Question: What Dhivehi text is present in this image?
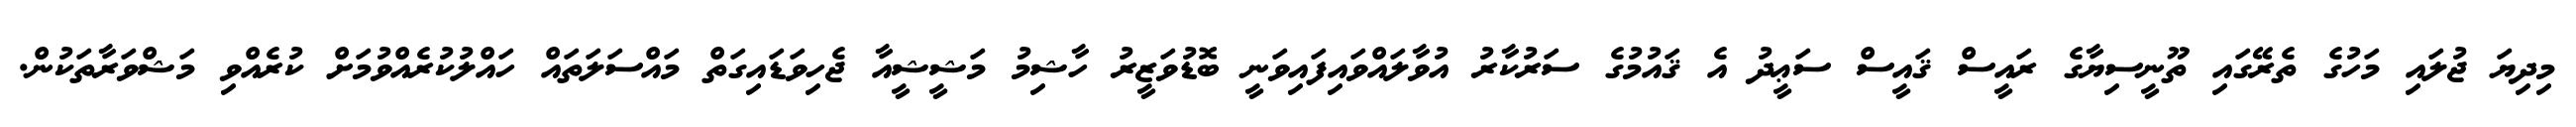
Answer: މިދިޔަ ޖުލައި މަހުގެ ތެރޭގައި ތޫނީސިޔާގެ ރައީސް ޤައީސް ސަޢީދު އެ ޤައުމުގެ ސަރުކާރު އުވާލައްވައިފައިވަނީ ބޮޑުވަޒީރު ހާޝިމު މަޝީޝީއާ ޖެހިވަޑައިގަތް މައްސަލަތައް ހައްލުކުރެއްވުމަށް ކުރެއްވި މަޝްވަރާތަކުން.